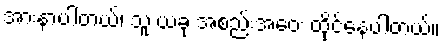
အားနာပါတယ်၊ သူ ယခု အစည်းအဝေး ထိုင်နေပါတယ်။